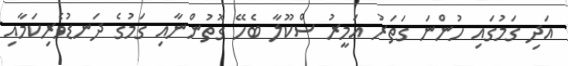
އަދި ގަމުގައި ހުންނަ ގަތަރު އަމީރު ސްކޫލާ ބެހޭ ގޮތުންނާއި ގަމުގެ ދަނޑުވެރިކަމާއި